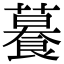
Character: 𦿉